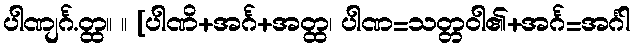
ပါဏျင်္ဂ.တ္ထ။ ။ [ပါဏိ+အင်္ဂ+အတ္ထ၊ ပါဏ=သတ္တဝါ၏+အင်္ဂ=အင်္ဂါ